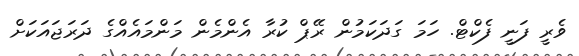
ވެރީ ފަނީ ފެކްޓް. ހަމަ ގަދަކަމުން ރޭޕް ކުރާ އެންމެން މަންމައެއްގެ ދަރަޖައަކަށް